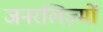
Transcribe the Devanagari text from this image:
जनरलिज़्मों